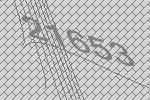
21653